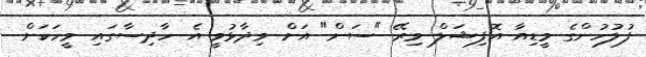
ފުލުހުންގެ މީޑިއާ އޮފިޝަލް މިރޭ "ސަން" އަށް ވިދާޅުވީ އެ ހާދިސާގައި މީހަކަށް